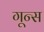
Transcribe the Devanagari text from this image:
गून्स